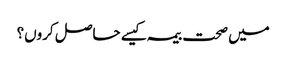
میں صحت بیمہ کیسے حاصل کروں؟